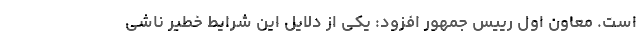
است. معاون اول رییس جمهور افزود: یکی از دلایل این شرایط خطیر ناشی